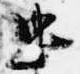
忠